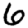
Digit: 6